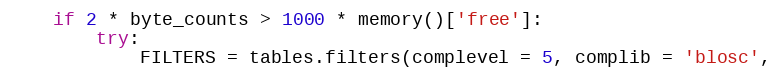
Language: Python
    if 2 * byte_counts > 1000 * memory()['free']:
        try:
            FILTERS = tables.filters(complevel = 5, complib = 'blosc',